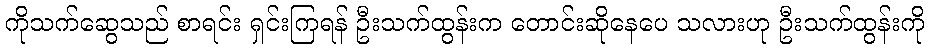
ကိုသက်ဆွေသည် စာရင်း ရှင်းကြရန် ဦးသက်ထွန်းက တောင်းဆိုနေပေ သလားဟု ဦးသက်ထွန်းကို